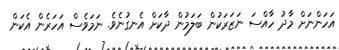
އަހަންނަށް މާދު ހާއްސަ ނަޒަރަކުން ބަލަމުން ދާކަށް އެނގުނެވެ. ނަމަވެސް އަހަރެން އެކަން